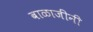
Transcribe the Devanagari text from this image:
बाळाजींनी